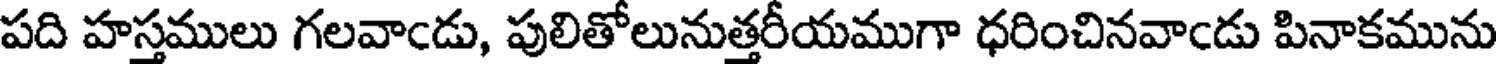
పది హస్తములు గలవాఁడు, పులితోలునుత్తరీయముగా ధరించినవాఁడు పినాకమును